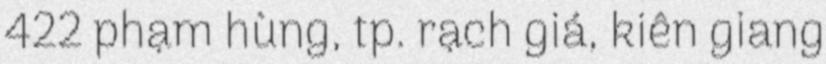
422 phạm hùng, tp. rạch giá, kiên giang